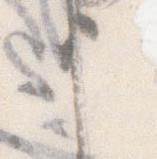
よ